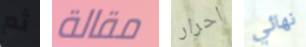
ثم مقالة احرار نهائي